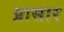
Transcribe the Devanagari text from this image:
प्रासार